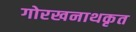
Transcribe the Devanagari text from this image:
गोरखनाथकृत